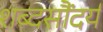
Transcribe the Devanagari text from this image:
शब्दसौंदर्य